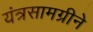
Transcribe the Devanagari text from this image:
यंत्रसामग्रीने